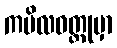
ကပိလဝတ္ထုမှာ